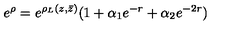
e ^ { \rho } = e ^ { \rho _ { L } ( z , \bar { z } ) } ( 1 + \alpha _ { 1 } e ^ { - r } + \alpha _ { 2 } e ^ { - 2 r } )